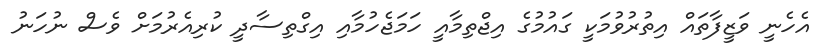
އެހެނީ ވަޒީފާތައް އިތުރުވުމަކީ ގައުމުގެ އިޖްތިމާއީ ހަމަޖެހުމާއި އިގްތިސާދީ ކުރިއެރުމަށް ވެސް ނުހަނު